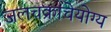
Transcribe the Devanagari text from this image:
जलचक्राचेयोग्य